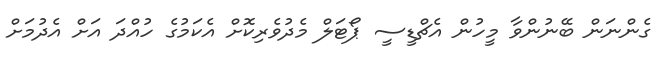
ގެންނަން ބޭނުންވާ މީހުން އެޗްޑީސީ ޕޯޓަލް މެދުވެރިކޮށް އެކަމުގެ ހުއްދަ އަށް އެދުމަށް